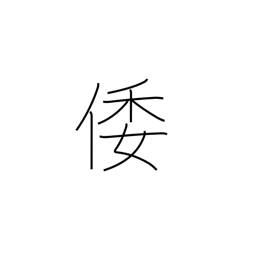
Meaning: ancient Japan